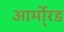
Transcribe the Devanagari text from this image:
आर्मो्रड